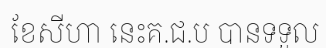
ខែសីហា នេះគ.ជ.ប បានទទួល